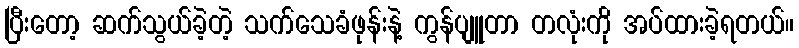
ပြီးတော့ ဆက်သွယ်ခဲ့တဲ့ သက်သေခံဖုန်းနဲ့ ကွန်ပျူတာ တလုံးကို အပ်ထားခဲ့ရတယ်။